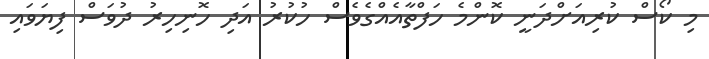
މި ކޯސް ކުރިއަށްދަނީ ކޮންމެ ހަފްތާއެއްގެވެސް ހުކުރު އަދި ހޮނިހިރު ދުވަސް ފިޔަވައި